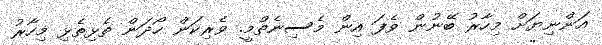
އަންނިޔަށް މިހާރު ބޭނުން ވެފަ އިން މެސިނެތްމީީ. ވެރިކަން ހޯދަން ތެޅިތެޅި މިހާރު